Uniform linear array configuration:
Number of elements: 8
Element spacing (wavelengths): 0.75
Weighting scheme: hann
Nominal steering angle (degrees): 15
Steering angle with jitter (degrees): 13.189
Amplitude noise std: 0.05
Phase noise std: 0.05

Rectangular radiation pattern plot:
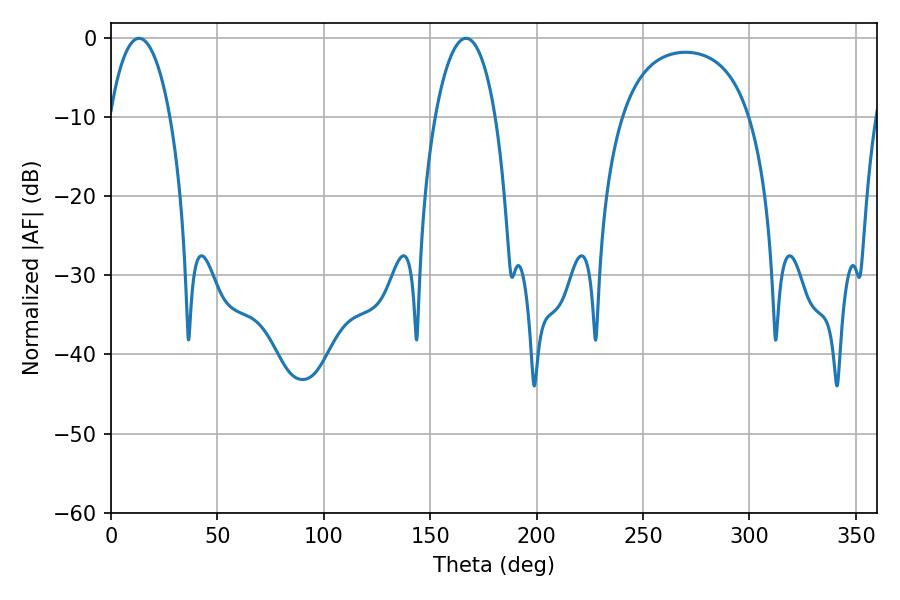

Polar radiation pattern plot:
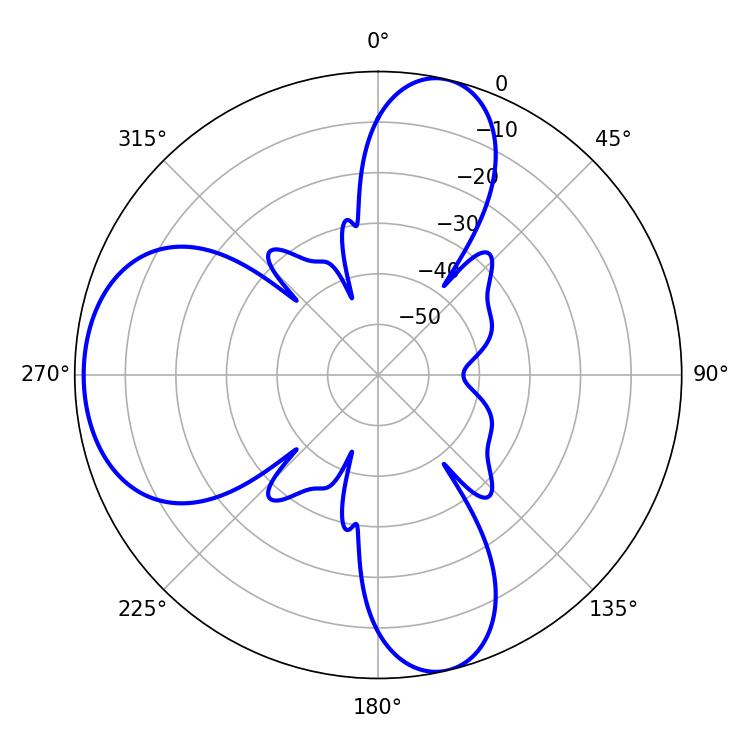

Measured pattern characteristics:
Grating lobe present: TRUE
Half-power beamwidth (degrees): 15.84
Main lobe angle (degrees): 13.14